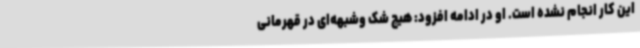
این کار انجام نشده است. او در ادامه افزود: هیچ شک وشبهه‌ای در قهرمانی